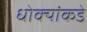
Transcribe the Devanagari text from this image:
धोक्यांकडे